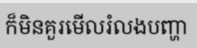
ក៏មិនគួរមើលរំលងបញ្ហា